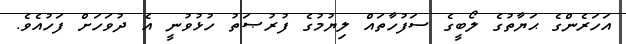
އަހަރެންގެ ޙަޔާތުގެ ލޯބީގެ ސަފުހާތައް ލިޔުމުގެ ފުރުޞަތު ހުޅުވުނީ އެ ދުވަހަށް ފަހުއެވެ.